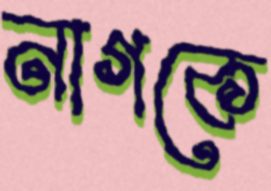
নাগকে